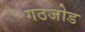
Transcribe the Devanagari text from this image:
गठजोड